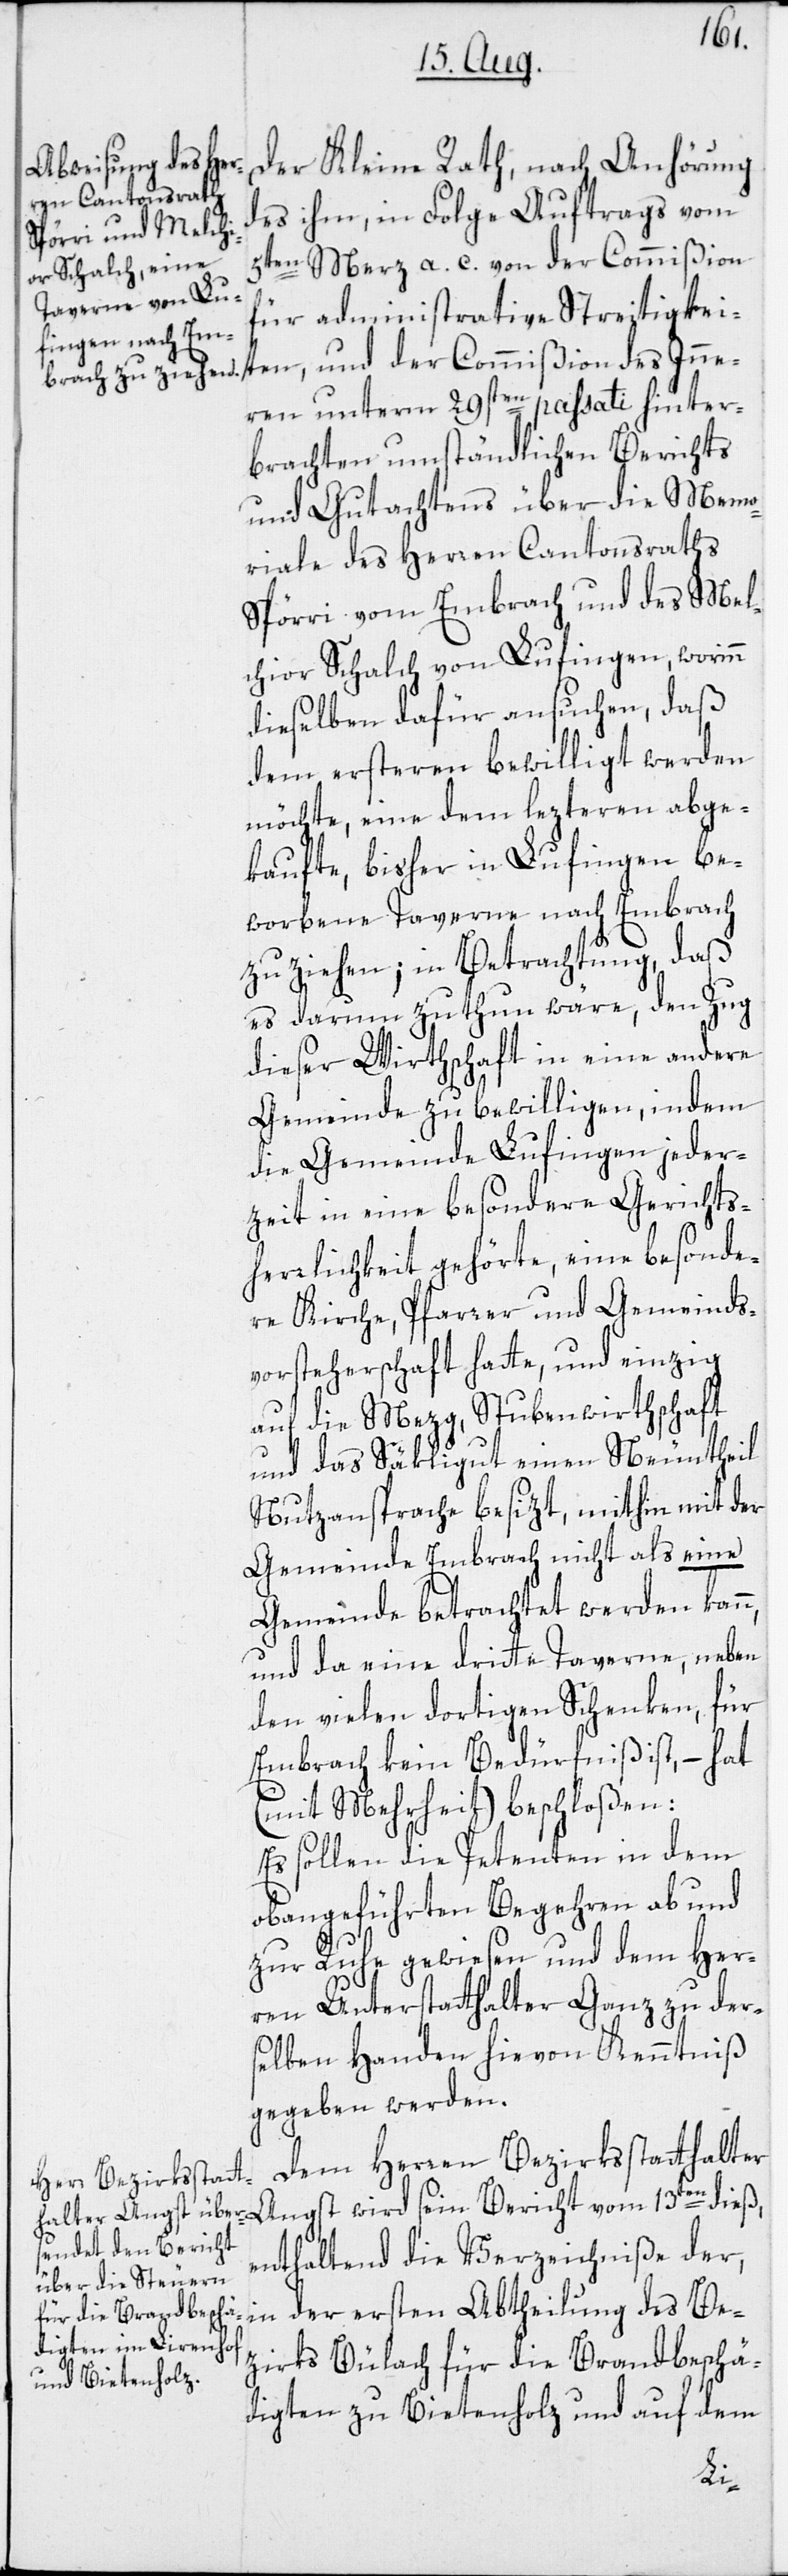
Abtheilung des Be¬
Der Kleine Rath, nach Anhörung
des ihm, in Folge Auftrags vom
5ten Merz a. c. von der Commißion
für administrative Streitigkei¬
ten, und der Commißion des Inne¬
ren unterm 29sten passati hinter¬
brachten umständlichen Berichts
und Gutachtens über die Memo¬
riale des Herren Cantonsraths
Spörri vom Embrach und des Mel¬
chior Schalch von Lufingen, worinn
dieselben dafür ansuchen, daß
dem ersteren bewilligt werden
möchte, eine dem lezteren abge¬
kaufte, bisher in Lufingen be¬
worbene Taverne nach Embrach
zu ziehen; in Betrachtung, daß
es darum zu thun wäre, den Zug
dieser Wirthschaft in eine andere
Gemeinde zu bewilligen, indem
die Gemeinde Lufingen jeder¬
zeit in eine besondere Gerichts¬
herrlichkeit gehörte, eine besonde¬
re Kirche, Pfarrer und Gemeinds¬
vorsteherschaft hatte, und einzig
auf die Mezg, Stubenwirthschaft
und das Säkligut einen Neuntheil
Nutzansprache besizt, mithin mit der
Gemeinde Embrach nicht als eine
Gemeinde betrachtet werden kan¬
und da eine dritte Taverne, neben
den vielen dortigen Schenken, für
Embrach kein Bedürfniß ist, – hat
(mit Mehrheit) beschloßen:
Es sollen die Petenten in dem
obangeführten Begehren ab und
zur Ruhe gewiesen und dem Her¬
ren Unterstatthalter Ganz zu ders¬
elben Handen hievon Kenntniß
gegeben werden.
Dem Herren Bezirksstatthalter
wird sein Bericht
enthaltend die Verzeichniße der,
zirks Bülach für die Brandbeschä¬
digten zu Bietenholz und auf dem
n,